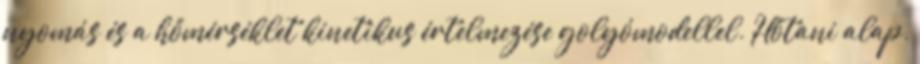
nyomás és a hőmérséklet kinetikus értelmezése golyómodellel. Hőtani alap,